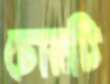
চোরটি